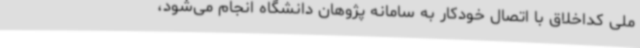
ملی کداخلاق با اتصال خودکار به سامانه پژوهان دانشگاه انجام می‌شود،